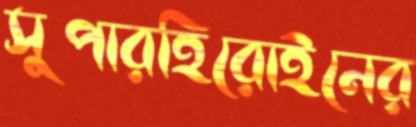
সুপারহিরোইনের